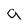
Character: a